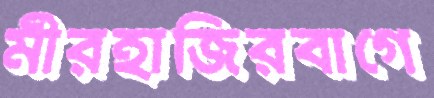
মীরহাজিরবাগে